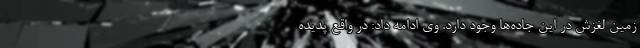
زمین لغزش‌ در این جاده‌ها وجود دارد. وی ادامه داد:‌ در واقع پدیده